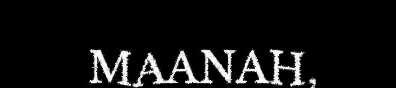
MAANAH,